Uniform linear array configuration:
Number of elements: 32
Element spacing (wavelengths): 0.25
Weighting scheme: cosine
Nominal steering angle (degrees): -45
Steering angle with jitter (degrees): -44.024
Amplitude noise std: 0.05
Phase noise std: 0.05

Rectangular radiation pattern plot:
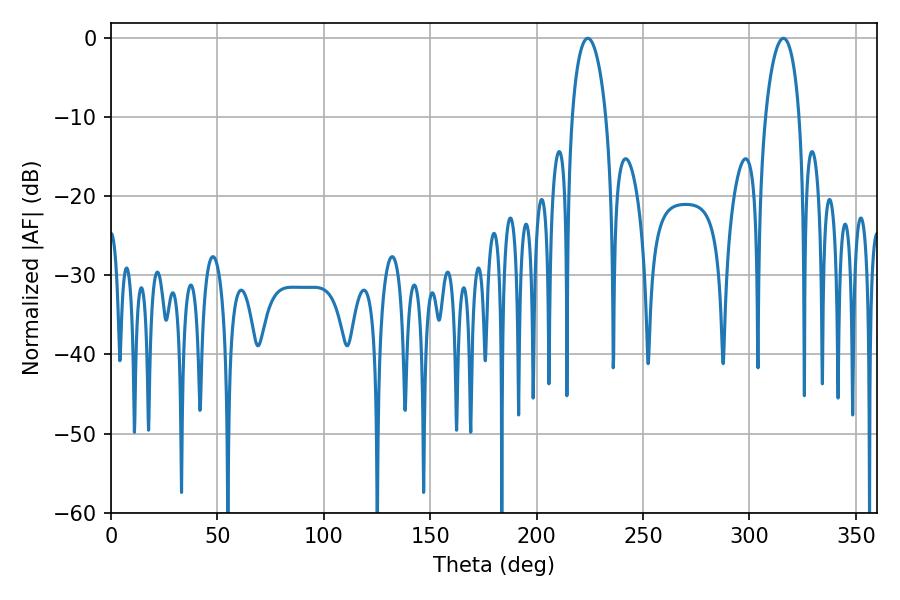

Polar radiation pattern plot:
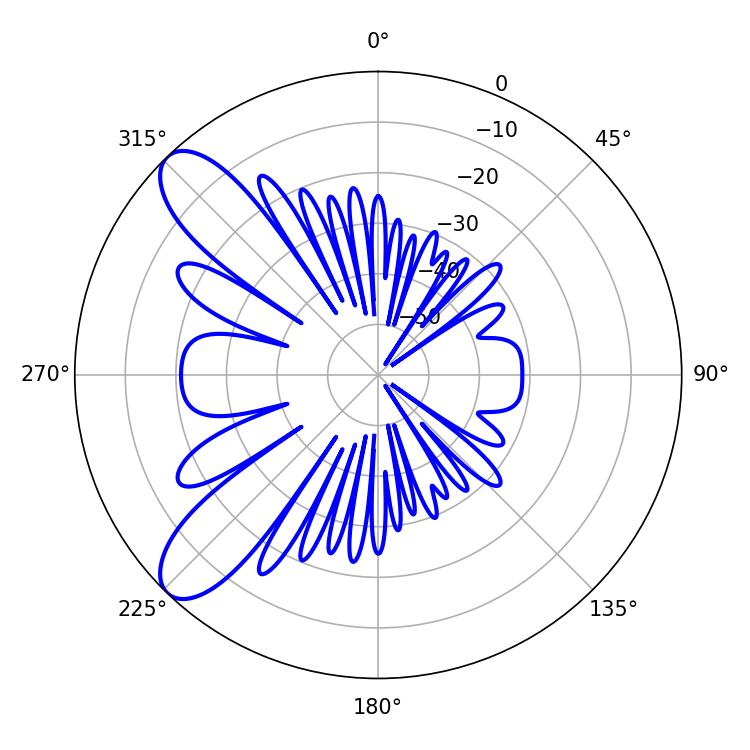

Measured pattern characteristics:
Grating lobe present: FALSE
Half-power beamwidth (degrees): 9.18
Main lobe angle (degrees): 224.1